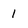
Character: l